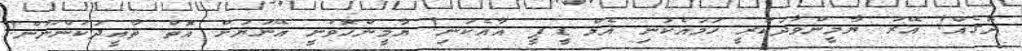
ދޮގެއް! އޭރު ޔާމީންވާދަކުރީ ހަމައެކަނި އެމް.ޑީ.ޕީ އާއެކަނި! ޔާމީންހޮވުނީ އޭނަޔަށް އޮތް ތާއީދަކުންނޫން!